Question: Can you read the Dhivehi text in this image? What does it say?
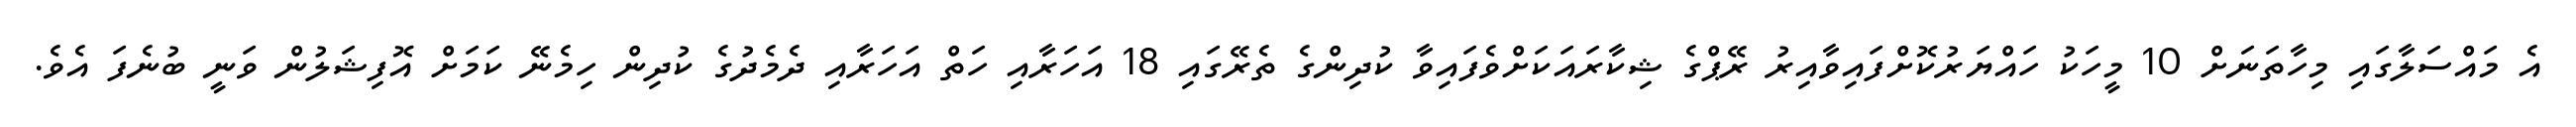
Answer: އެ މައްސަލާގައި މިހާތަނަށް 10 މީހަކު ހައްޔަރުކޮށްފައިވާއިރު ރޭޕްގެ ޝިކާރައަކަށްވެފައިވާ ކުދިންގެ ތެރޭގައި 18 އަހަރާއި ހަތް އަހަރާއި ދެމެދުގެ ކުދިން ހިމެނޭ ކަމަށް އޮފިޝަލުން ވަނީ ބުނެފަ އެވެ.